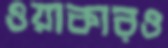
ওয়াকারও